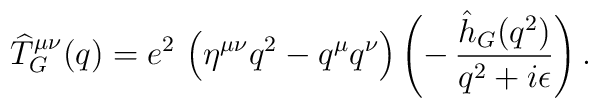
{\widehat T_G}^{\mu\nu}(q) = e^2\,\left(\eta^{\mu\nu}q^2- q^{\mu}q^{\nu}\right) \left(-\,{\hat h_G(q^2)\over q^2+ i\epsilon}\right).